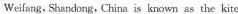
Weifang, Shandong, China is known as the kite